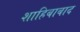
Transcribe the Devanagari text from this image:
शाहिबाबाद